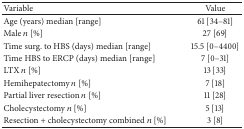
<table><thead><tr><td><b>Variable</b></td><td><b>Value</b></td></tr></thead><tbody><tr><td>Age (years) median [range]</td><td>61 [34–81]</td></tr><tr><td>Male <i>n</i> [%]</td><td>27 [69]</td></tr><tr><td>Time surg. to HBS (days) median [range]</td><td>15.5 [0–4400]</td></tr><tr><td>Time HBS to ERCP (days) median [range]</td><td>7 [0–31]</td></tr><tr><td>LTX <i>n</i> [%]</td><td>13 [33]</td></tr><tr><td>Hemihepatectomy <i>n</i> [%]</td><td>7 [18]</td></tr><tr><td>Partial liver resection <i>n</i> [%]</td><td>11 [28]</td></tr><tr><td>Cholecystectomy <i>n</i> [%]</td><td>5 [13]</td></tr><tr><td>Resection + cholecystectomy combined <i>n</i> [%]</td><td>3 [8]</td></tr></tbody></table>